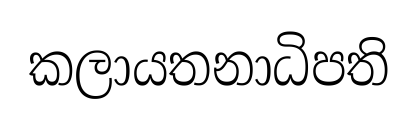
කලායතනාධිපති